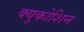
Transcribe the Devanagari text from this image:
क्युकोशिन